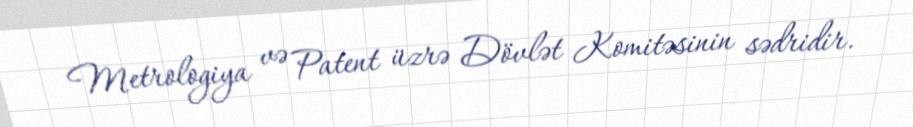
Metrologiya və Patent üzrə Dövlət Komitəsinin sədridir.